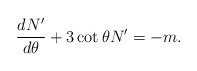
\begin{align*}\frac{d N'}{d \theta} + 3 \cot\theta N' = - m. \end{align*}